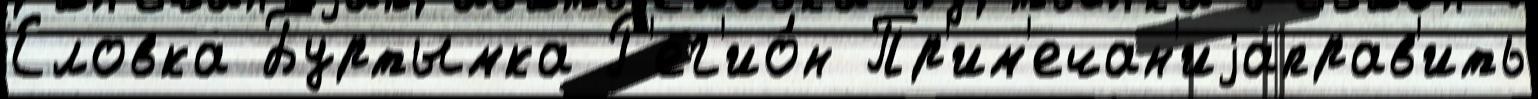
Еловка Буртымка Р'ег'ио́н Пр'им'ечан'иjаправ'ить